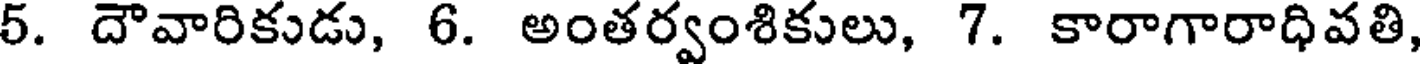
5. దౌవారికుడు, 6. అంతర్వంశికులు, 7. కారాగారాధివతి,